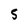
Character: 5